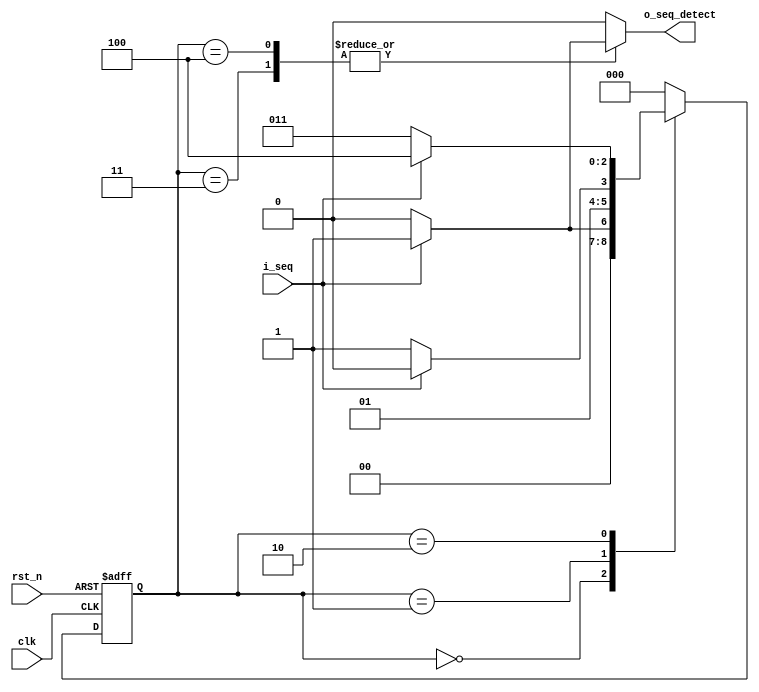
module seq_det_11x1 #(
parameter s0 = 3'b000,
parameter s1 = 3'b001,
parameter s2 = 3'b010,
parameter s3 = 3'b011,
parameter s4 = 3'b100)
(
    input i_seq,                               //input sequence
    input clk,
    input rst_n,                               //aynchronous active low reset '0' = rst active, '1' = rst disabled 
    output reg o_seq_detect                    //sequence detected output
);

//state registers for assignments of state
reg [2:0] r_present_state;
reg [2:0] r_next_state;


//present state logic (state registers)
//reset should be low at start to start the fsm from S0 state
//reset should remain high after state is S0 for whole opearation 
always @(posedge clk , negedge rst_n) begin
    if (~rst_n) begin
        r_present_state <= s0;                     //go to S0(first state) on reset
    end
    else begin
        r_present_state <= r_next_state;           //assign next state to present state at every posedge of clk for the conditions on d_in
    end
end


//output logic
//11x1 can assume 2 values => 1101 and 1111 
//state machine gets branched at s2 to s3 and s4 for logic 0 and logic 1 in place of x
always @ *
begin
    case (r_present_state)
    s0 : o_seq_detect  <= 1'b0;
    s1 : o_seq_detect  <= 1'b0;
    s2 : o_seq_detect  <= 1'b0;
    s3 :begin                                           
            if (i_seq == 1'b1) begin
                o_seq_detect  <= 1'b1;
            end
            else begin
                o_seq_detect  <= 1'b0;
            end
        end
    s4 :begin
            if (i_seq == 1'b1) begin
                o_seq_detect  <= 1'b1;
            end
            else begin
                o_seq_detect  <= 1'b0;
            end
        end
    default : o_seq_detect  <= 1'b0;
      
    endcase
end


//next_state logic 
//assignment of next state logic depending on input sequence 
always @ *
begin
    case (r_present_state)
    s0 :begin 
            if (i_seq == 1'b0) begin
                r_next_state <= s0;
            end
            else begin 
                r_next_state <= s1;
            end
        end

    s1 :begin 
            if (i_seq == 1'b1) begin
                r_next_state <= s2;
            end
            else begin
                r_next_state <= s3;
            end
        end

    s2 :begin 
            if (i_seq == 1'b1) begin
                r_next_state <= s4;
            end
            else begin
                r_next_state <= s3;
            end
        end

    s3 :begin 
            if (i_seq == 1'b1) begin
                r_next_state <= s0;
            end
            else begin 
                r_next_state <= s0;
            end
        end

    s4 :begin 
            if (i_seq == 1'b1) begin
                r_next_state <= s0;
            end
            else begin 
                r_next_state <= s0;
            end
        end

    default :begin 
             r_next_state <= s0;
             end
    endcase
end

endmodule